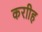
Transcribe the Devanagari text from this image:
कराीह